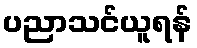
ပညာသင်ယူရန်